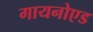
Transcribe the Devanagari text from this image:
गायनोएड